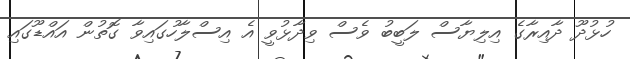
ހުޅުދޫ ދާއިރާގެ އިލިޔާސް ލަބީބު ވެސް ވިދާޅުވީ އެ އިސްލާހުގައިވާ ގޮތުން އައްޑޫގައި